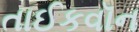
તાઈકવૉન